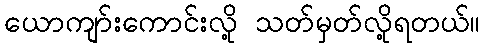
ယောကျာ်းကောင်းလို့ သတ်မှတ်လို့ရတယ်။